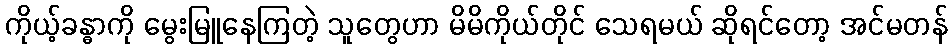
ကိုယ့်ခန္ဓာကို မွေးမြူနေကြတဲ့ သူတွေဟာ မိမိကိုယ်တိုင် သေရမယ် ဆိုရင်တော့ အင်မတန်